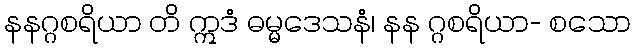
နနဂ္ဂစရိယာ တိ ဣဒံ ဓမ္မဒေသနံ၊ နန ဂ္ဂစရိယာ- စသော